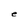
Character: e